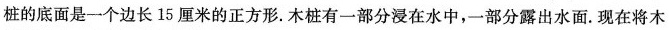
桩的底面是一个边长15厘米的正方形。木桩有一部分浸在水中，一部分露出水面. 现在将木